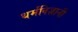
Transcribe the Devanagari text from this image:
धर्मविज्ञानी